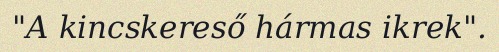
"A kincskereső hármas ikrek".